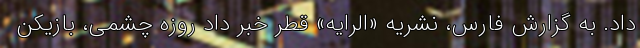
داد. به گزارش فارس، نشریه «الرایه» قطر خبر داد روزه چشمی، بازیکن